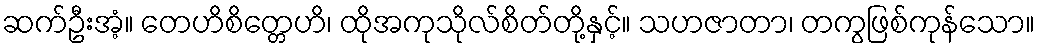
ဆက်ဦးအံ့။ တေဟိစိတ္တေဟိ၊ ထိုအကုသိုလ်စိတ်တို့နှင့်။ သဟဇာတာ၊ တကွဖြစ်ကုန်သော။